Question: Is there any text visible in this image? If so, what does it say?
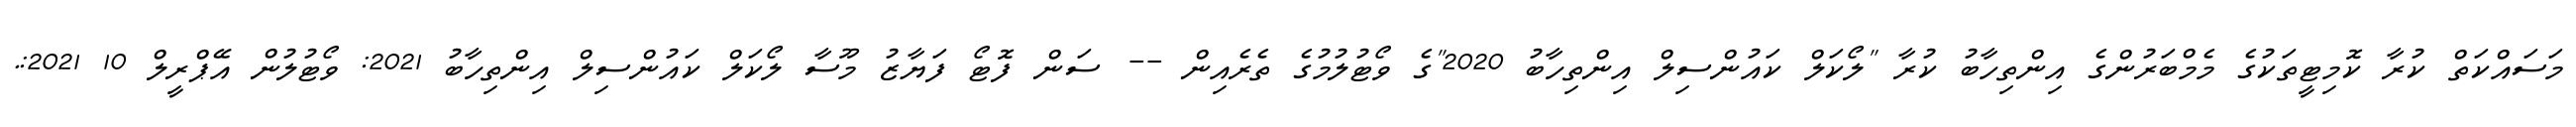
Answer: މަސައްކަތް ކުރާ ކޮމިޓީތަކުގެ މެމްބަރުންގެ އިންތިހާބު ކުރާ "ލޯކަލް ކައުންސިލް އިންތިހާބު 2020"ގެ ވޯޓުލުމުގެ ތެރެއިން -- ސަން ފޮޓޯ ފަޔާޒު މޫސާ ލޯކަލް ކައުންސިލް އިންތިހާބު 2021: ވޯޓުލުން އޭޕްރީލް 10 2021:.